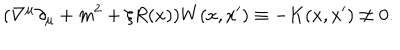
( \nabla ^ { \mu } \partial _ { \mu } + m ^ { 2 } + \xi R ( x ) ) W ( x , x ^ { \prime } ) \equiv - K ( x , x ^ { \prime } ) \neq 0 .